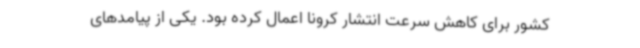
کشور برای کاهش سرعت انتشار کرونا اعمال کرده بود. یکی از پیامدهای